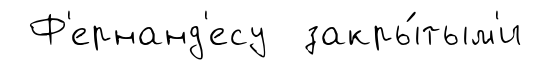
Ф'ернанд'есу закры́тым'и